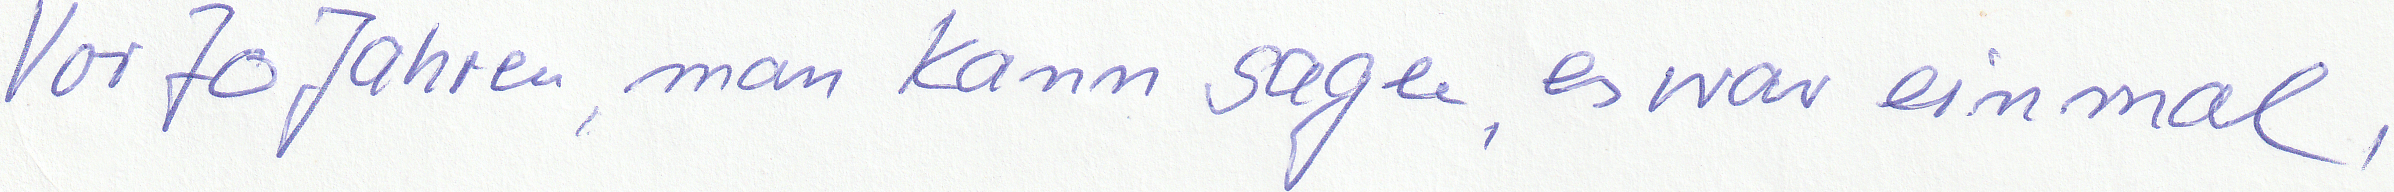
Vor 70 Jahren, man kann sagen, es war einmal,